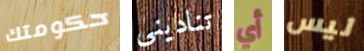
حكومتك تناديني أي ليس